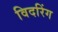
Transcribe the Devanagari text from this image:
विदरिंग